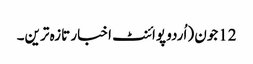
12جون (اُردو پوائنٹ اخبار تازہ ترین۔